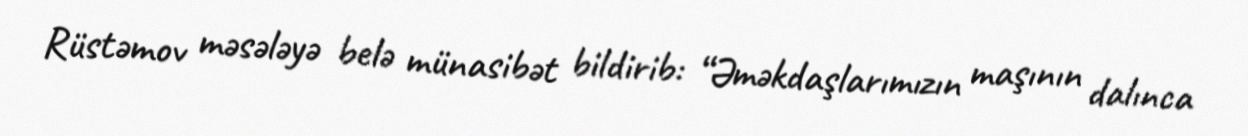
Rüstəmov məsələyə belə münasibət bildirib: “Əməkdaşlarımızın maşının dalınca